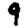
Digit: 9